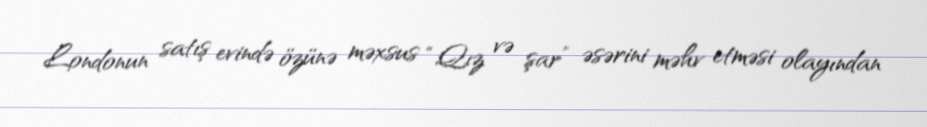
Londonun satış evində özünə məxsus “Qız və şar” əsərini məhv etməsi olayından